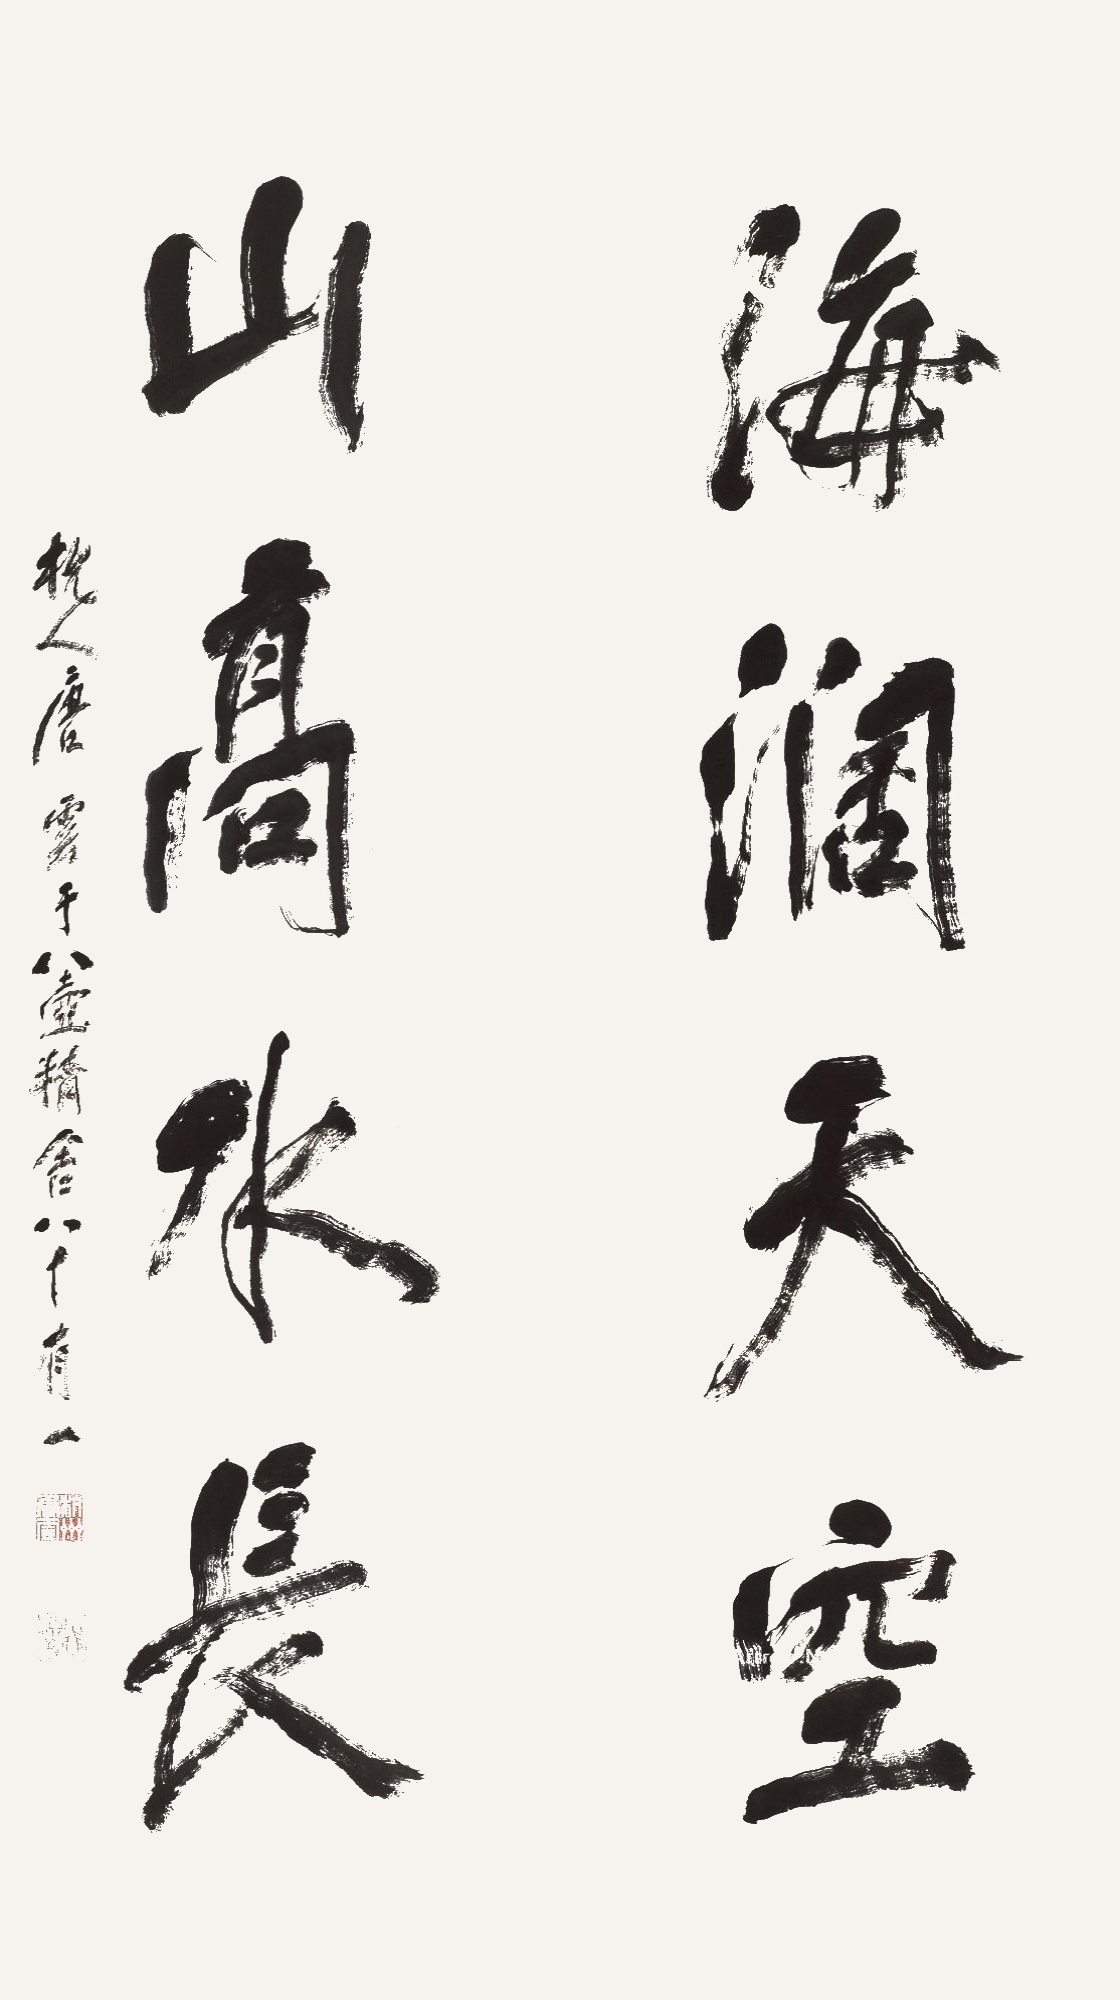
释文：海阔天空，山高水长。杭人唐云于八壶精舍，八十有一。